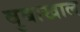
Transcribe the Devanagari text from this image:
बुबाखाल